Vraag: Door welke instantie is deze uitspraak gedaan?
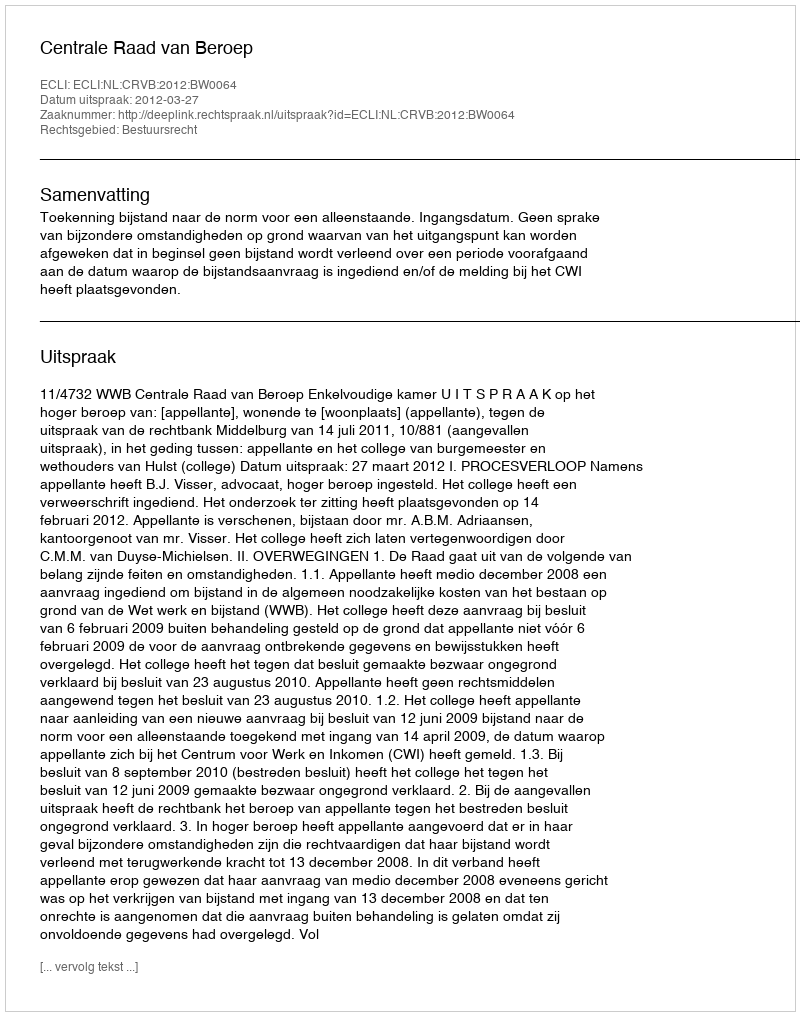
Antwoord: Centrale Raad van Beroep